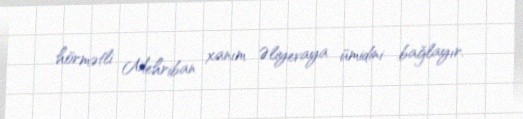
hörmətli Mehriban xanım Əliyevaya ümidini bağlayır.